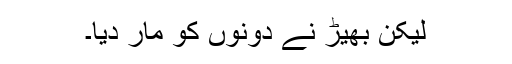
لیکن بھیڑ نے دونوں کو مار دیا۔